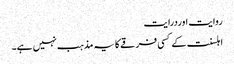
روایت اوردرایت
اہلسنت کے کسی فرقے کا یہ مذہب نہیں ہے۔